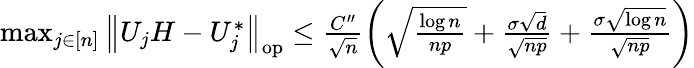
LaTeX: \begin{array}{r}{\operatorname*{max}_{j\in[n]}\left\| {U_{j}H-U_{j}^{*}}\right\| _{\mathrm{op}}\leq\frac{C^{\prime\prime}}{\sqrt{n}}\left(\sqrt{\frac{\log n}{np}}+\frac{\sigma\sqrt{d}}{\sqrt{np}}+\frac{\sigma\sqrt{\log n}}{\sqrt{np}}\right)}\end{array}